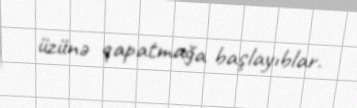
üzünə qapatmağa başlayıblar.